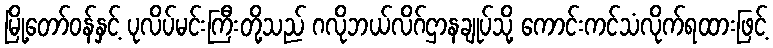
မြို့တော်ဝန်နှင့် ပုလိပ်မင်းကြီးတို့သည် ဂလိုဘယ်လိဂ်ဌာနချုပ်သို့ ကောင်းကင်သံလိုက်ရထားဖြင့်